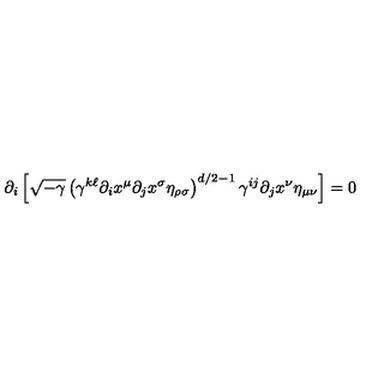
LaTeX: \partial _ { i } \left[ \sqrt { - \gamma } \left( \gamma ^ { k \ell } \partial _ { i } x ^ { \mu } \partial _ { j } x ^ { \sigma } \eta _ { \rho \sigma } \right) ^ { d / 2 - 1 } \gamma ^ { i j } \partial _ { j } x ^ { \nu } \eta _ { \mu \nu } \right] = 0